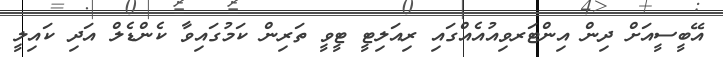
އޭބީސީއަށް ދިން އިންޓަރވިއުއެއްގައި ރިއަލިޓީ ޓީވީ ތަރިން ކަމުގައިވާ ކެންޑެލް އަދި ކައިލީ